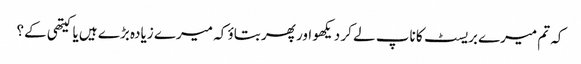
کہ تم میرے بریسٹ کا ناپ لے کر دیکھو اور پھر بتاؤ کہ میرے زیادہ بڑے ہیں یا کیتھی کے؟